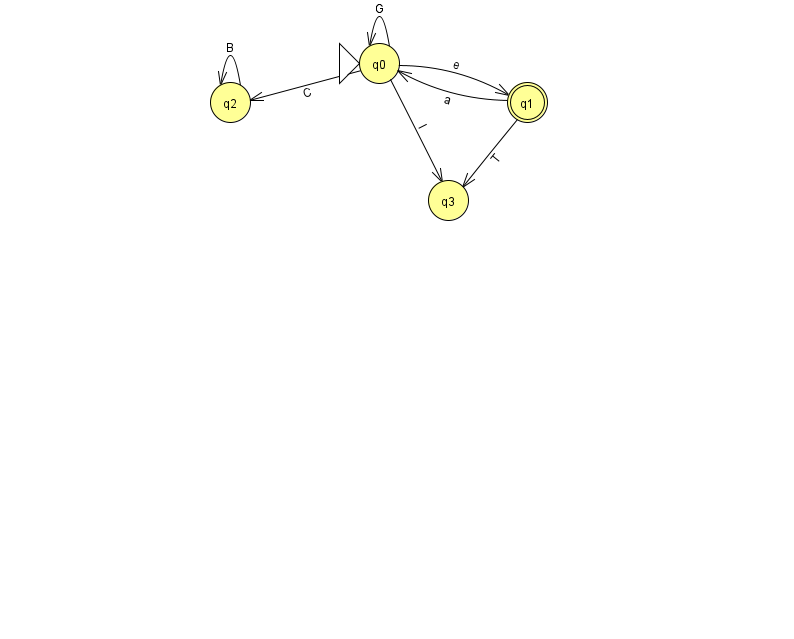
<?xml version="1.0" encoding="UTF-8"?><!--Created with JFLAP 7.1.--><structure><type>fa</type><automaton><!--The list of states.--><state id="0" name="q0"><x>379.0</x><y>50.0</y><initial/></state><state id="1" name="q1"><x>527.0</x><y>89.0</y><final/></state><state id="2" name="q2"><x>230.0</x><y>89.0</y></state><state id="3" name="q3"><x>448.0</x><y>187.0</y></state><!--The list of transitions.--><transition><from>1</from><to>0</to><read>a</read></transition><transition><from>2</from><to>2</to><read>B</read></transition><transition><from>0</from><to>1</to><read>e</read></transition><transition><from>0</from><to>2</to><read>C</read></transition><transition><from>1</from><to>3</to><read>T</read></transition><transition><from>0</from><to>0</to><read>G</read></transition><transition><from>0</from><to>3</to><read>I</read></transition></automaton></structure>